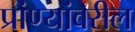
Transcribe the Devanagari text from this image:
प्रांण्यांवरील